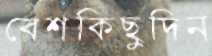
বেশকিছুদিন